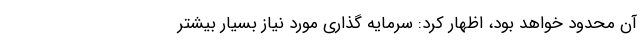
آن محدود خواهد بود، اظهار کرد: سرمایه گذاری مورد نیاز بسیار بیشتر